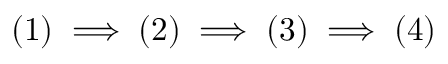
( 1 ) \implies ( 2 ) \implies ( 3 ) \implies ( 4 )